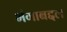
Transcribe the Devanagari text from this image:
भंगाबद्दल